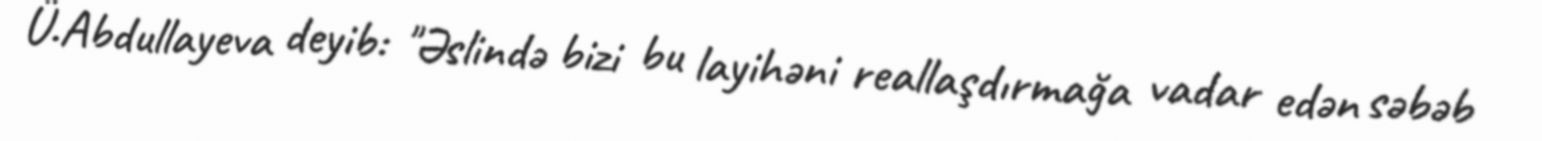
Ü.Abdullayeva deyib: "Əslində bizi bu layihəni reallaşdırmağa vadar edən səbəb